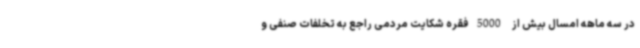
در سه ماهه امسال بیش از 5000فقره شکایت مردمی راجع به تخلفات صنفی و